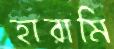
হারামি